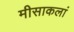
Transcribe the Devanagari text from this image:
मीसाकलां